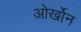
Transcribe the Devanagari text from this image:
ओर्खोन